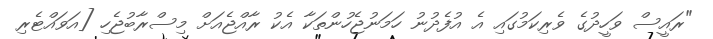
"ރައީސް ވަހީދުގެ ވެރިކަމުގައި އެ އުފެދުނު ހަމަނުޖެހުންތަކާ އެކު ރާއްޖެއަށް މިސްރާބުޖެހި [އަވައްޓެރި